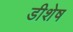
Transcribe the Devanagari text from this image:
डीशेष